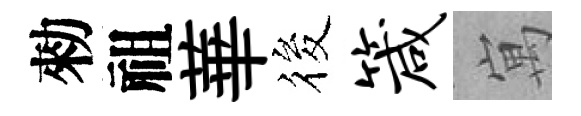
勑祖華筱箴寓